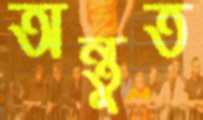
অন্তুত